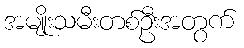
အမျိုးသမီးတစ်ဦးအတွက်